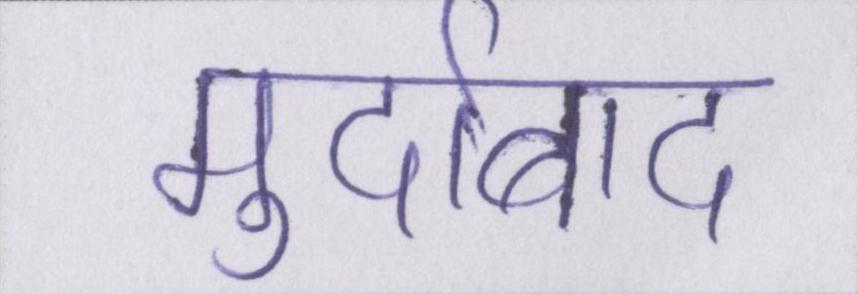
मुर्दाबाद